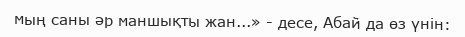
мың саны әр маншықты жан...» - десе, Абай да өз үнін: